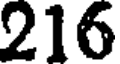
216